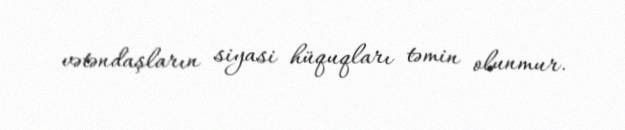
vətəndaşların siyasi hüquqları təmin olunmur.